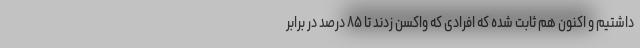
داشتیم و اکنون هم ثابت شده که افرادی که واکسن زدند تا ۸۵ درصد در برابر